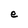
Character: e